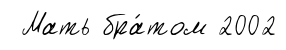
Мать бра́том 2002